Cholera in southern India
Disease focus: Cholera
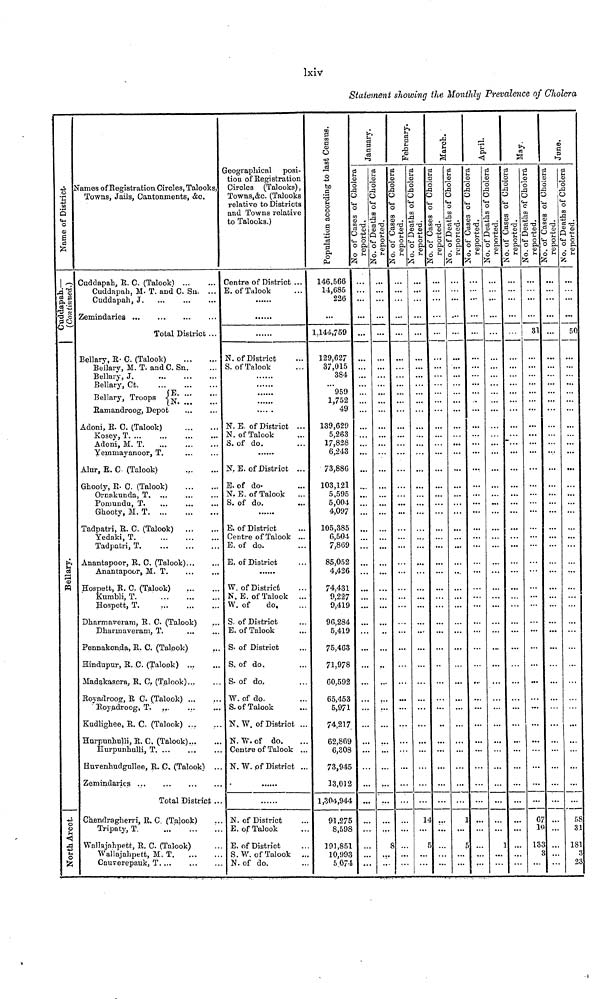
lxiv
Statement showing the Monthly Prevalence of Cholera
Name of District
Cuddapah.
(Continued.)
Bellary
North Arcot.
Names of Registration Circles, Talooks,
Towns, Jails, Cantonments, &c.
Cuddapah, R. C. (Talooks ...
Cuddapah, M. T. and C. Sn.
Cuddapah, J.
Zemindaries ...
...
...
...
...
Total District
Bellary, R. C (Talook)
...
Bellary, M. T. and C. Sn.
Bellary, J.
Bellary, Ct.
Bellary, Troops
...
...
E.
N.
Ramandroog, Depot
Adoni, R. C. (Talook)
Kosey, T. ...
Adoni, M. T.
...
...
Yemmayanoor, T.
Alur, R. C (Talook)
Ghooty, R. C. (Talook)
Ornakunda, T.
Pomundu, T.
Ghooty, M. T.
...
...
...
Tadpatri, R. C. (Talook)
Yedaki, T.
Tadpatri, T.
...
...
...
...
...
...
...
...
...
...
...
...
...
...
...
...
...
...
...
Anantapoor, R. C. (Talook)...
Anantapoor, M. T.
Hospett, R. C. (Talook)
Kumbli, T.
Hospett, T.
...
...
...
...
...
Dharmaveram, R. C. (Talook)
Dharmaveram, T.
...
Pennakonda, R. C. (Talook)
Hindupur, R. C. (Talook)
Madakasera, R. C. (Talook
Royadroog, R. C. (Talook)
Royadroog, T. ...
Kudlighee, R. C. (Talook)
Hurpunhulli, R. C. (Talook)
Hurpunhulli, T. ...
...
...
...
...
...
...
...
Huvenhudgullee, R. C. (Talook)
Zemindaries ...
...
...
Total District
Chendragherri, R. C. (Talook)
Tripaty, T.
... ...
Wallajahpett, R. C. (Talook)
Wallajahpett, M. T.
Cauverepauk, T....
...
...
...
...
...
...
...
...
...
...
...
...
...
...
...
...
...
...
...
...
...
...
...
...
...
...
...
...
...
...
...
...
...
...
...
...
...
...
...
...
...
...
...
...
...
...
...
Geographical posi-
tion of Registration
Circles (Talooks),
Towns,&c. (Talooks
relative to Districts
and Towns relative
to Talooks.)
Centre of District ...
E. of Talook ...
......
......
......
N. of District ...
S. of Talook ...
......
......
......
......
N. E. of District ...
N. of Talook ...
S. of do.
......
N. E. of District ...
E. of do.
N. E. of Talook ...
S. of do. ...
......
E. of District ...
Centre of Talook ...
E. of do. ...
E. of District ...
......
W. of District ...
N.E. of Talook ...
W. of
do. ...
S. of District ...
E. of Talook ...
S. of District ...
S. of do. ...
S. of do. ...
W. of do. ...
S. of Talook ...
N. W. of District ...
N. W. of do. ...
Centre of Talook ...
N. W. of District ...
......
......
N. of Disirict ...
E. of Talook ...
E. of District ...
S.W. of Talook ...
N. of do. ...
Population according to last Census.
146,566
14,685
226
...
1,144,759
129,627
37,015
384
...
959
1,752...
49
139,629
5,263
17,828
6,243
73,886
103,121
5,595
5,004
4,097...
105,385
6,504...
7,869
85,052
4,426
74,431
9,227
9,419
96,284
5,419
75,463
71,978
60,592
65,453
5,971
74,217
62,869
6,308
73,945
13,012
1,304,944
91,275
8,598
191,851
10,993
5,074
January.
No of Cases of Cholera reported.
...
...
...
...
...
...
...
...
... ... ... ... ... ...
...
... ...
...
...
...
...
...
...
...
...
...
...
...
...
...
...
...
...
...
...
...
...
...
...
...
...
...
...
...
...
...
...
...
...
...
...
No of Deaths of Cholera reported.
...
...
...
...
...
...
...
...
... ... ... ... ... ...
...
... ...
...
...
...
...
...
...
...
...
...
...
...
...
...
...
...
...
...
...
...
...
...
...
...
...
...
...
...
...
...
...
8
...
...
February.
No of Cases of Cholera reported.
...
...
...
...
...
...
...
...
... ... ... ... ... ...
...
... ...
...
...
...
...
...
...
...
...
...
...
...
...
...
...
...
...
...
...
...
...
...
...
...
...
...
...
...
...
...
...
...
...
...
...
No of Deaths of Cholera reported.
...
...
...
...
...
...
...
...
... ... ... ... ... ...
...
... ...
...
...
...
...
...
...
...
...
...
...
...
...
...
...
...
...
...
...
...
...
...
...
...
...
...
...
...
...
14
...
5
...
...
March.
No of Cases of Cholera reported.
...
...
...
...
...
...
...
...
... ... ... ... ... ...
...
... ...
...
...
...
...
...
...
...
...
...
...
...
...
...
...
...
...
...
...
...
...
...
...
...
...
...
...
...
...
...
...
...
...
......
...
No of Deaths of Cholera reported.
...
...
...
...
...
...
...
...
... ... ... ... ... ...
...
... ...
...
...
...
...
...
...
...
...
...
...
...
...
...
...
...
...
...
...
...
...
...
...
...
...
...
...
...
...
...
1
...
5
...
...
April.
No of Cases of Cholera reported
...
...
...
...
...
...
...
...
... ... ... ... ... ...
...
... ...
...
...
...
...
...
...
...
...
...
...
...
...
...
...
...
...
...
...
...
...
...
...
...
...
...
...
...
...
...
...
...
...
...
...
No of Deaths of Cholera reported.
...
...
...
...
...
...
...
...
... ... ... ... ... ...
...
... ...
...
......
...
...
...
...
...
...
...
...
...
...
...
...
...
...
...
...
...
...
...
...
...
...
...
...
...
...
...
...
...
1
...
...
May.
No of Cases of Choler
...
...
...
...
...
...
...
...
... ... ... ... ... ...
...
... ...
...
...
...
...
...
...
...
...
...
...
...
...
...
...
...
...
...
...
...
...
...
...
...
...
...
...
...
...
...
...
...
...
...
...
No of Deaths of C
...
...
...
...
31
...
...
...
... ... ... ... ... ...
...
... ...
...
...
...
...
...
...
...
...
...
...
...
...
...
...
...
...
...
...
...
...
...
...
...
...
...
...
...
...
...
67
...
133
3
...
June.
No of Cases o
...
...
...
...
...
...
...
...
... ... ... ... ... ...
...
... ...
...
...
...
...
...
...
...
...
...
...
...
...
...
...
...
...
...
...
...
...
...
...
...
...
...
...
...
...
...
...
...
...
...
...
No of De
...
...
...
...
50
...
...
...
... ... ... ... ... ...
...
... ...
...
...
...
...
...
...
...
...
...
...
...
...
...
...
...
...
...
...
...
...
...
...
...
...
...
...
...
...
...
58
31
181
3
23